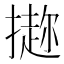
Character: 𪮭